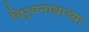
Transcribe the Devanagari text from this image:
विश्र्वनाथाच्या